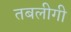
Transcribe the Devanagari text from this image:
तबलीगी